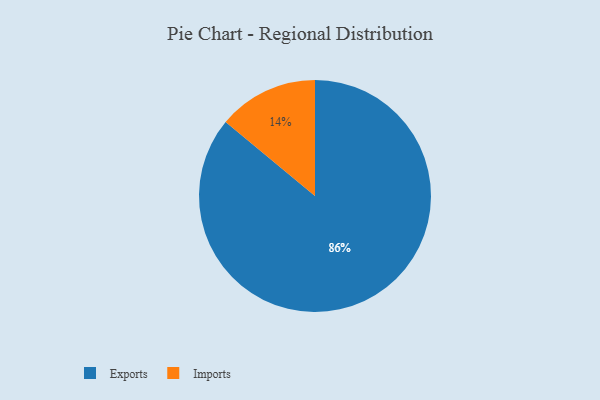
{"axis": {"x": "Category", "y": "Percentage"}, "legend": ["Exports", "Imports"], "data": [{"x": "Imports", "y": 14, "type": "Imports"}, {"x": "Exports", "y": 86, "type": "Exports"}]}